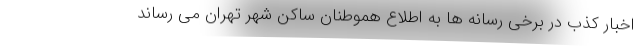
اخبار کذب در برخی رسانه ها به اطلاع هموطنان ساکن شهر تهران می رساند